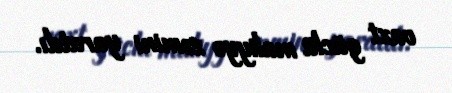
vaxt güclü maliyyə zəmini yaratdı.